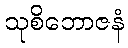
သုစိဘောဇနံ